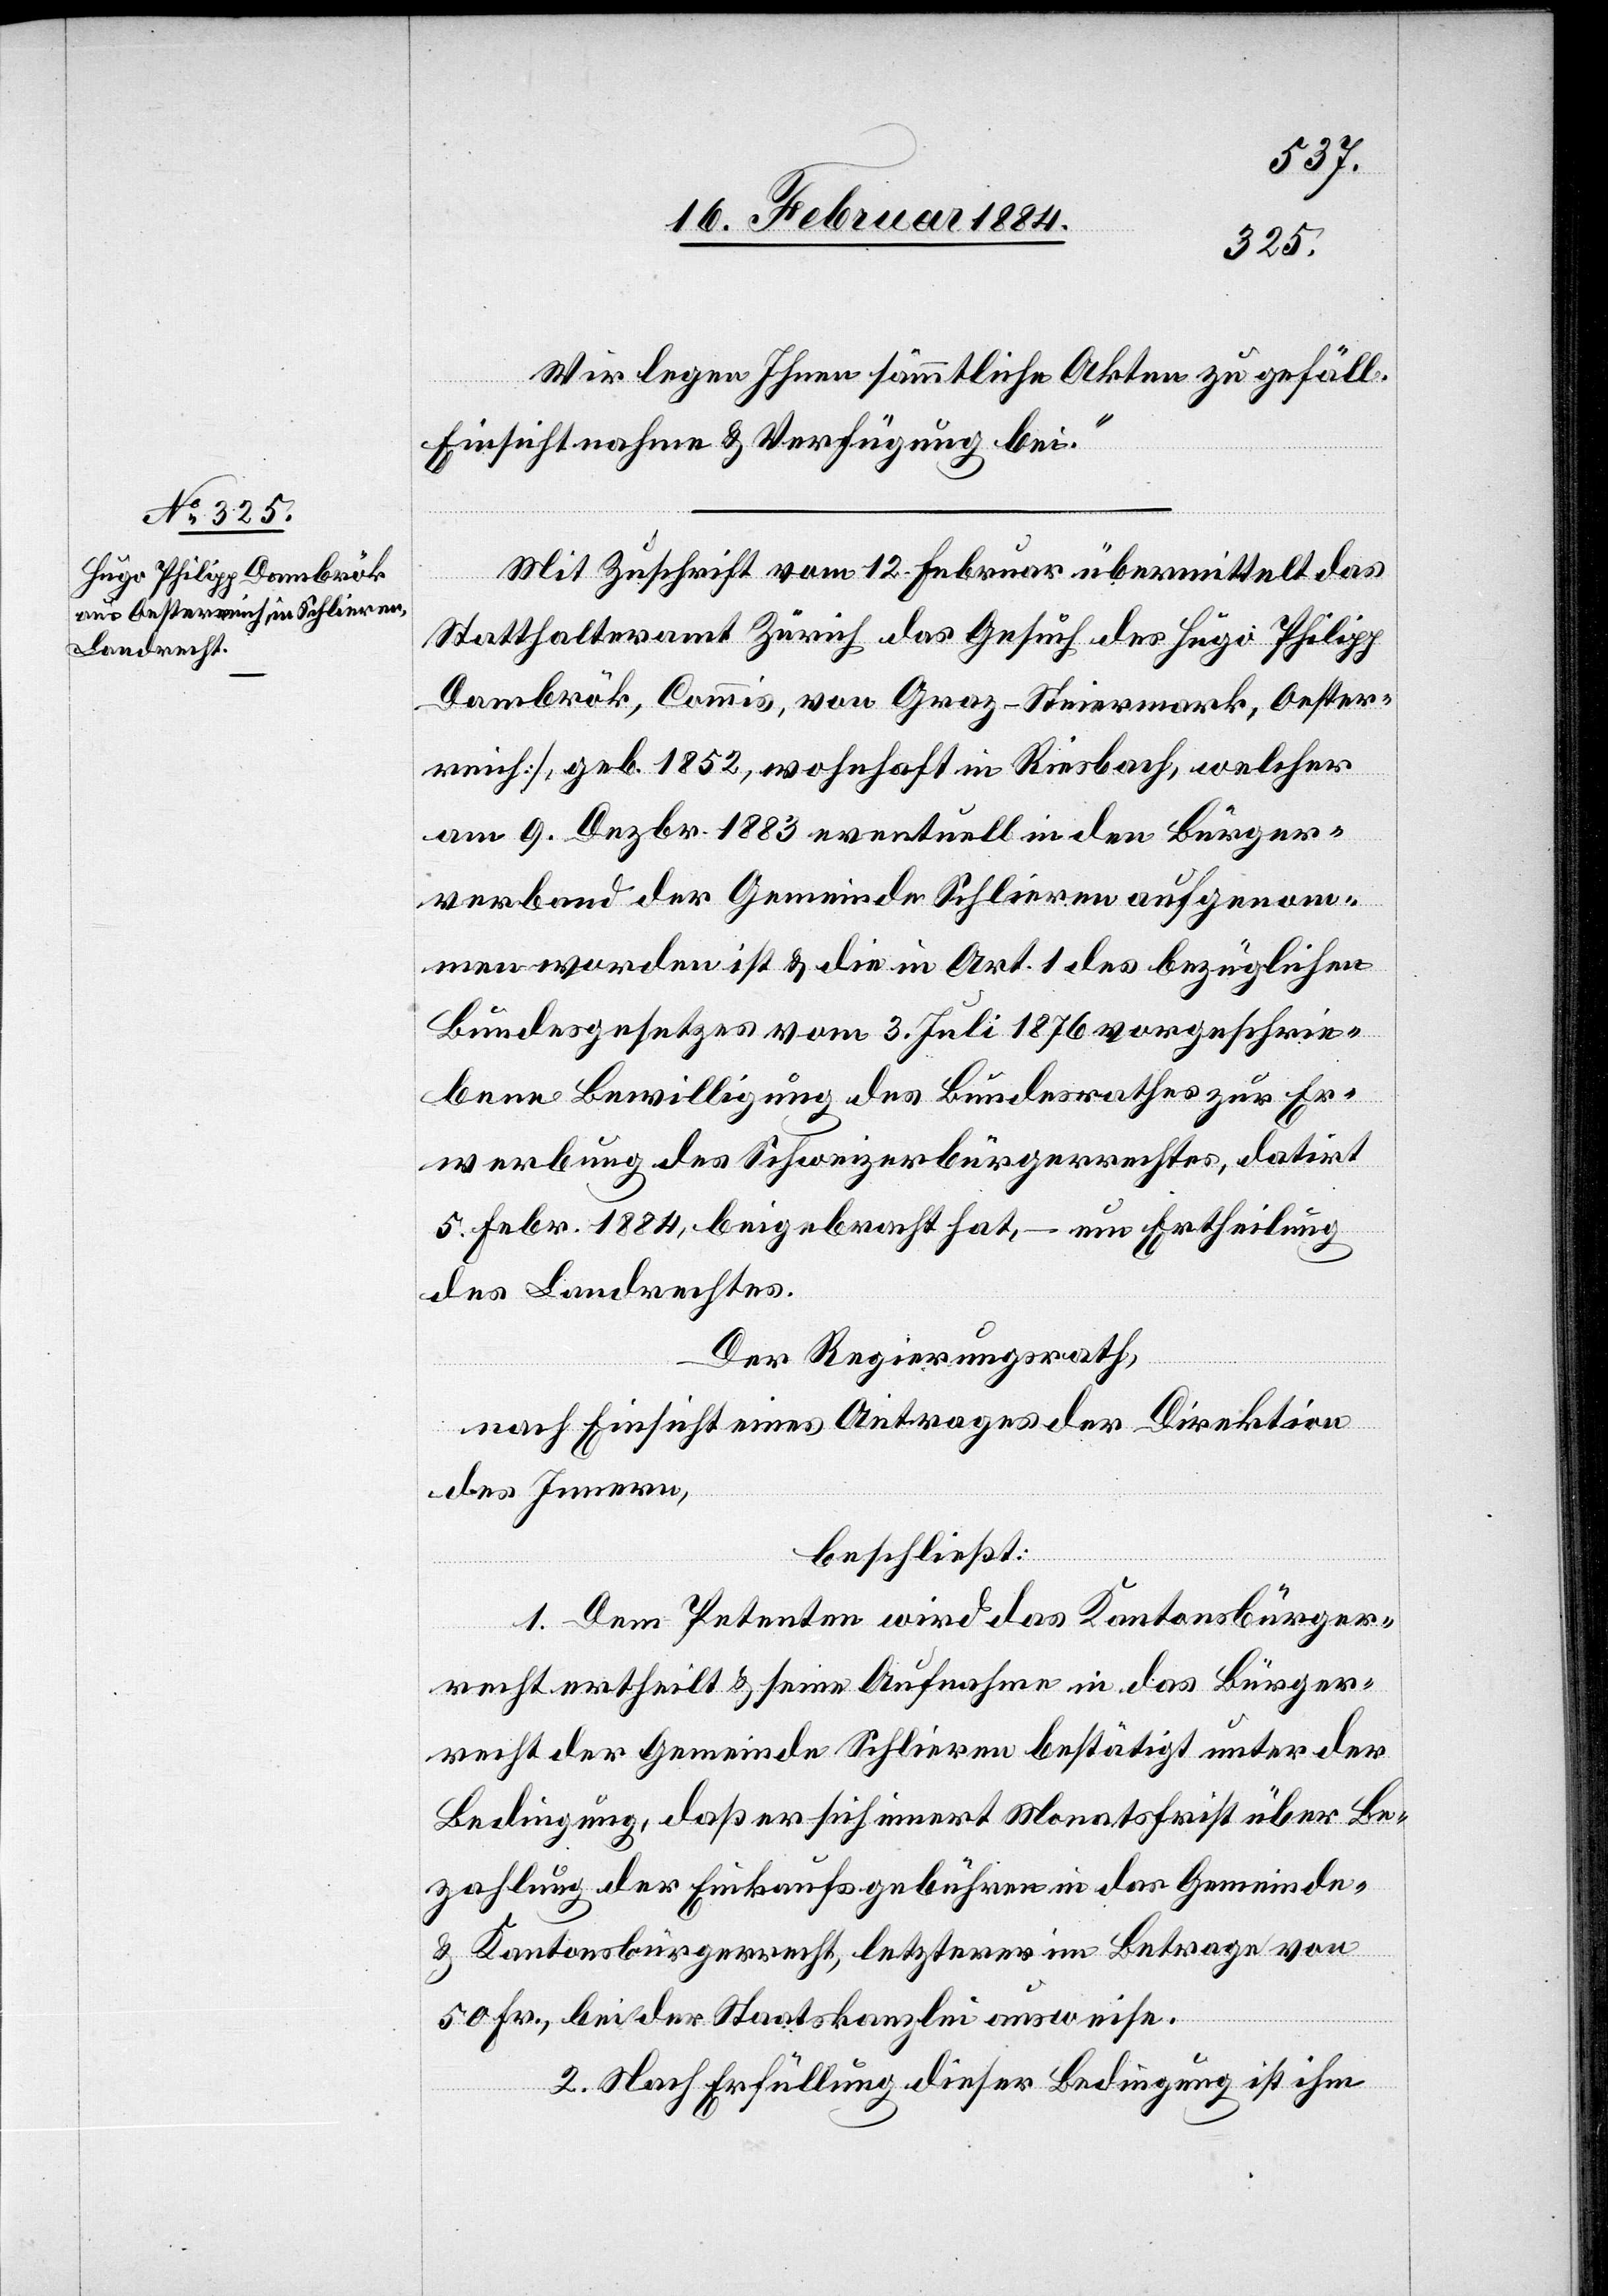
Wir legen Ihnen sämmtliche Akten zu gefäll.
Einsichtnahme & Verfügung bei.“
Mit Zuschrift vom 12. Februar übermittelt das
Statthalteramt Zürich das Gesuch des Hugo Philipp
Dambrök, Commis, von Graz - Steiermark, Oester¬
reich, geb. 1852, wohnhaft in Riesbach, welcher
am 9. Dezbr. 1883 eventuell in den Bürger¬
verband der Gemeinde Schlieren aufgenom¬
men worden ist & die in Art. 1 des bezüglichen
Bundesgesetzes vom 3. Juli 1876 vorgeschrie¬
bene Bewilligung des Bundesrathes zur Er¬
werbung des Schweizerbürgerrechtes, datirt
5. Febr. 1884, beigebracht hat, – um Ertheilung
des Landrechtes.
Der Regierungsrath,
nach Einsicht eines Antrages der Direktion
des Innern,
beschließt:
1. Dem Petenten wird das Kantonsbürger¬
recht ertheilt & seine Aufnahme in das Bürger¬
recht der Gemeinde Schlieren bestätigt unter der
Bedingung, daß er sich innert Monatsfrist über Be¬
zahlung der Einkaufsgebühren in das Gemeinde-
& Kantonsbürgerrecht, letzterer im Betrage von
50 Fr., bei der Staatskanzlei ausweise.
2. Nach Erfüllung dieser Bedingung ist ihm